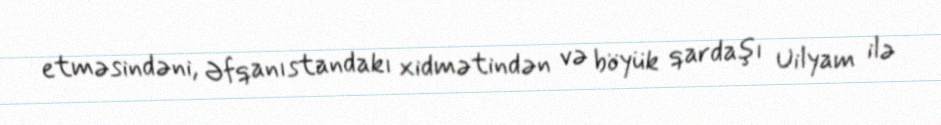
etməsindəni, Əfqanıstandakı xidmətindən və böyük qardaşı Uilyam ilə